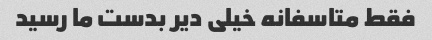
فقط متاسفانه خیلی دیر بدست ما رسید